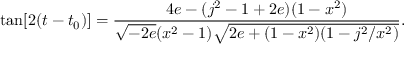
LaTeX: \tan [ 2 ( t - t _ { 0 } ) ] = \frac { 4 e - ( j ^ { 2 } - 1 + 2 e ) ( 1 - x ^ { 2 } ) } { \sqrt { - 2 e } ( x ^ { 2 } - 1 ) \sqrt { 2 e + ( 1 - x ^ { 2 } ) ( 1 - j ^ { 2 } / x ^ { 2 } ) } } .